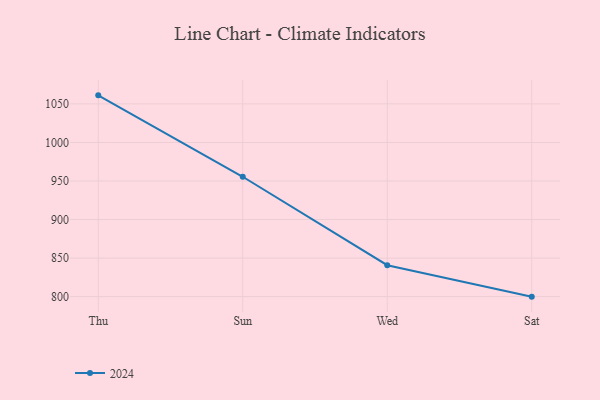
{"axis": {"x": "Day", "y": "Budget (USD K)"}, "legend": ["2024"], "data": [{"x": "Thu", "y": 1061.1, "type": "2024"}, {"x": "Sun", "y": 955.5, "type": "2024"}, {"x": "Wed", "y": 840.8, "type": "2024"}, {"x": "Sat", "y": 800, "type": "2024"}]}